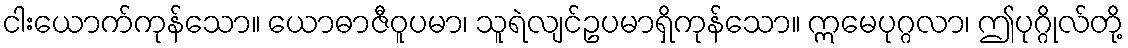
ငါးယောက်ကုန်သော။ ယောဓာဇီဝူပမာ၊ သူရဲလျင်ဥပမာရှိကုန်သော။ ဣမေပုဂ္ဂလာ၊ ဤပုဂ္ဂိုလ်တို့